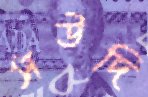
সউদি